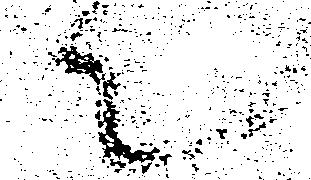
て